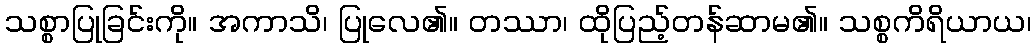
သစ္စာပြုခြင်းကို။ အကာသိ၊ ပြုလေ၏။ တဿာ၊ ထိုပြည့်တန်ဆာမ၏။ သစ္စကိရိယာယ၊